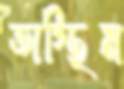
অস্থিম